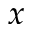
x